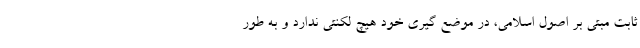
ثابت مبتی بر اصول اسلامی، در موضع گیری خود هیچ لکنتی ندارد و به طور